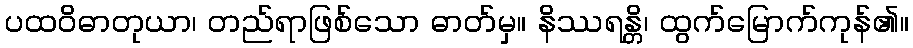
ပထဝိဓာတုယာ၊ တည်ရာဖြစ်သော ဓာတ်မှ။ နိဿရန္တိ၊ ထွက်မြောက်ကုန်၏။